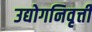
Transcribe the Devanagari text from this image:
उद्योगनिवृत्ती